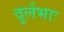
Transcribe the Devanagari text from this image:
दुर्लभाः